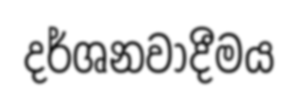
දර්ශනවාදීමය